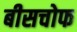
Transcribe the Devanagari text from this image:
बीसचोफ